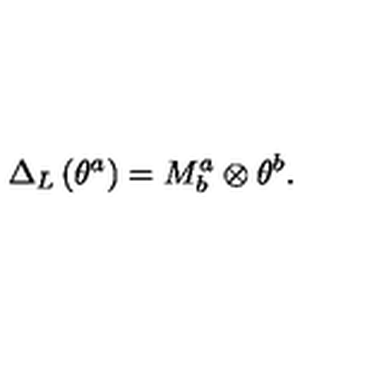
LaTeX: \Delta _ { L } \left( \theta ^ { a } \right) = M _ { b } ^ { a } \otimes \theta ^ { b } .